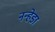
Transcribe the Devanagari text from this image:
नन्हेडा